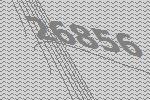
26856